Calcutta medical institutions reports 1892-1900
Year: 1892
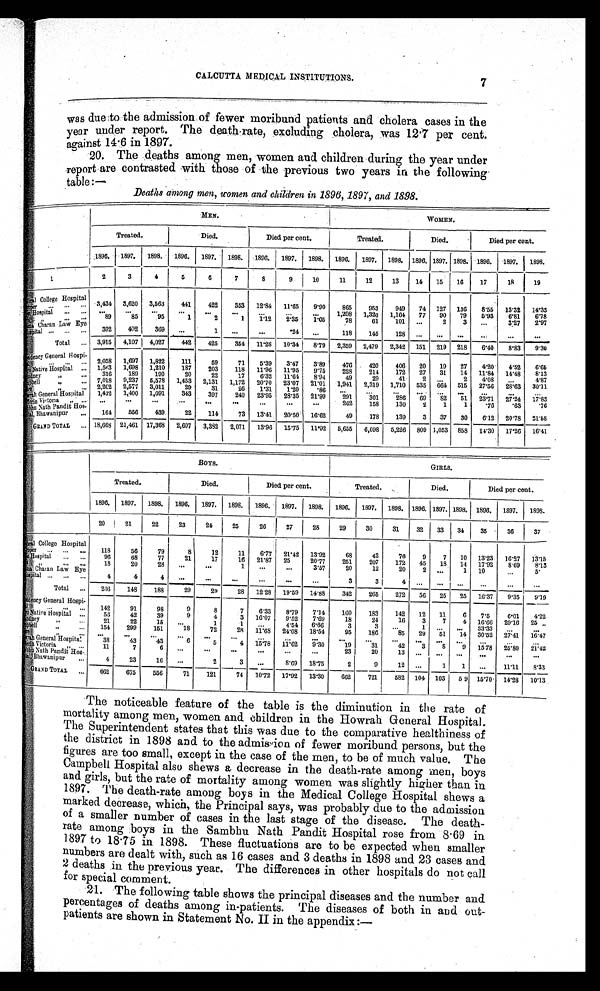
CALCUTTA MEDICAL INSTITUTIONS.
was due to the admission of fewer moribund patients and cholera cases in the
year under report. The death-rate, excluding cholera, was 12.7 per cent.
against 14.6 in 1897.
20. The deaths among men, women and children during the year under
report are contrasted with those of the previous two years in the following
table:—
Deaths among men, women and children in 1896, 1897, and 1898.
MEN.
WOMEN.
Treated.
Died.
Died per cent.
Treated.
Died.
Died per cent.
1896. 1897. 1898. 1896. 1897. 1898. 1896. 1897. 1898. 1896. 1897. 1898. 1896.
1 8 9 7 .
1898. 1896. 1897. 1898.
1
2
3
4
5
6
7 8
9
10
11
12
13
14 15 16
17
18
19
Medical College Hospital 3,434 3,620 3,563
441
422
353 12.84 11.65 9.90
865
953
949 74 127 136 8.55 13.32 14.33
P r o p e r
. . . . . . ...
. . . ...
...
. . .
. . .
. . .
. . .
. . .
. . . 1,298 1,320 1,164 77 90 79 5.93 6.81 6 . 7 8
Eden Hospital
. . .
. . . 89
85
95
1
2
1 1.12 2.35 1.05
78
61
101 ...
2
3 ...
3.27 2.97
„
392
402
369 ...
1 ...
...
.24 ...
118
145
128 ... ... ...
. . . ...
. . .
ma Charan Law Eye
Hospital ... . . . . . .
Total ... 3,915 4,107 4,027
442
425
354 11.28 10.34 8.79 2,359 2,479 2,342 151 219 218 6.40 8.83 9.30
Presidency General Hospi-
tal
.........
2,058 1,697 1,822
111
59
71 5.39 3.47 3.89
476
420
406 20 19 27 4.20 4.52 6.65
M a y o N a t i v e H o s p i t a l ... 1,563 1,698 1,210
187
203
118 11.96 11.95 9.75
228
214
172 27 31 14 11.84 14.48 8.13
C h a n d n e y „
. . . 316
189
190
20
22
17
6.32 11.64 8.94
49
29
41
2 . . .
2 4.08 ...
4 . 8 7
Campbell „
. . . 7,018 9,237 5,578 1,453 2,131 1,172 20.70 23.07 21.01 1,941 2,319 1,710 535 664 515 27.56 28.63 30.11
Police „
. . . 2,202 2,577 3,011
29
31
26 1.31 1.20
.86
. . .
. . .
. . .
. . .
. . .
. . .
. . .
. . .
. . .
H o w r a h G e n e r a
l Hospital 1,432 1,400 1,091
343
397
240 23.95 28.35 21.99
291
301
286 69 82 51 23.71 27.24 17.83
Dufferin Victoria „
. . . ...
. . . ...
...
...
. . .
. . . . . .
. . .
262
158
130
2
1
1
.76
. 6 3 .76
Sambhu Nath Pandit Hos- 164
556
439
22
114
73 13.41 20.50 16.62
49
178
139
3 37 30 6.12 20.78 21.58
pital, Bhawanipur ...
GRAND TOTAL ... 18,668 21,461 17,368 2,607 3,382 2,071 13.96 15.75 11.92 5,655 6,098 5,226 809 1,053 858 14.30 17.26 16.41
BOYS.
GIRLS.
Treated.
Died.
Died per cent.
Treated.
Died.
Died per cent.
1896. 1897. 1898. 1896. 1897. 1898. 1896. 1897. 1898. 1896. 1897. 1898. 1896. 1897. 1898. 1896. 1897. 1898.
20
21
22
23
24
25
26
27
28
29
30
31
32 33 34
35
36
37
Medical College Hospital
Pr ope r ... ... ...
118
56
79
8
12
11
6.77 21.42 13.92
68
43
76
9
7 10 13.23 16.27 13.15
Hospital . . . ...
9 6
68
77
21
17
16 21.87 25
20.77
251
207
172 45 18 14 17.92 8.69
8.13
„
. . .
. . . 18
20
28 ...
. . .
1 ...
. . .
3.57
20
12
20
2 ...
1 10
...
5.
m a C h a r a n L a w E y e
Hos pi t al ... ... ...
4
4
. . 4 .
. . .
...
...
...
...
...
3
3
4
. . .
. . . ...
. . .
...
...
Total ...
236 148
188
29
29
28 12.28 19.59 14.88
342
265
272 56 25 25 16.37 9.35 9.19
Presidency General Hospi-
t a l . . .
. . . ...
142
91
98
9
8
7
6.33 8.79 7.14 160
183
142 12 11
6 7.5
6.01 4.22
Mayo Nat i ve Hospi t al ...
56
42
39
9
4
3 16.07
9.52 7.69
18
24
16 3
7
4 16.66 29.16 25
Chandney „
. . . 21
22
15 ...
1
1 ...
4.54 6.66
3
3
. . . 1 ... ... 33.33
...
...
Campbell „
...
154
299
151
18
72
28 11.68 24.08 18.54
95
186
85 29 51 14 30.52 2 7 . 4 1
16.47
P o l i c e „
. . . . . .
...
...
. . .
. . .
. . . ...
. . . ...
. . .
. . .
. . .
. . .
. . .
. . . ... ...
...
H o w r a h G e n e r a l H o s p i t a l
38
43
43
6
5
4 15.78 11.62
9 . 3 0
19
31
42
3
8
9 15.78 25.80 21.42
Dufferin Victoria „ ...
11
7
6 ...
...
. . .
...
...
...
23
20
1 3
. . .
. . .
. . . ...
...
...
Sambhu Nath Pandit Hos-
t al , Bhawani pur ...
4
23
16 ...
2
3
...
8.69 18.75
2
9
12 ...
1
1 ...
11.11 8.33
GRAND TOTAL ...
662
675
556
71
121
74 10.72 17.92 13.30
662
721
582 104 103 5 9 15.70 14.28 10.13
The noticeable feature of the table is the diminution in the rate of
mortality among men, women and children in the Howrah General Hospital.
The Superintendent states that this was due to the comparative healthiness of
the district in 1898 and to the admission of fewer moribund persons, but the
figures are too small, except in the case of the men, to be of much value. The
Campbell Hospital also shews a decrease in the death-rate among men, boys
a
nd girls, but the rate of mortality among women was slightly higher than in
1 8 9 7 . T h e d e a t h - r a t e a m o n g b o y s i n t h e M e d i c a l C o l l e g e H o s p i t a l s h e w s a
marked decrease, which, the Principal says, was probably due to the admission
of a smaller number of cases in the last stage of the disease. The death-
rate among boys in the Sambhu Nath Pandit Hospital rose from 8.69 in
1897 to 18.75 in 1898. These fluctuations are to be expected when smaller
numbers are dealt with, such as 16 cases and 3 deaths in 1898 and 23 cases and
2 deaths in the previous year. The differences in other hospitals do not call
for special comment.
21. The following table shows the principal diseases and the number and
percentages of deaths among in-patients. The diseases of both in and out-
patients are shown in Statement No. II in the appendix:—
7